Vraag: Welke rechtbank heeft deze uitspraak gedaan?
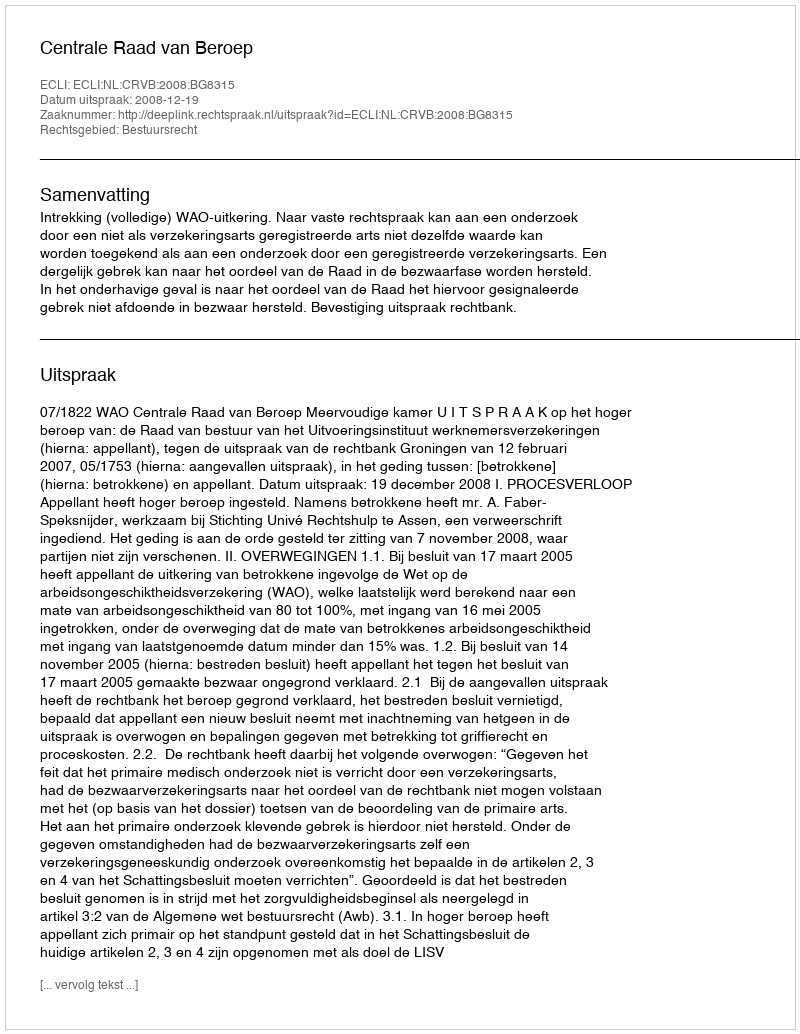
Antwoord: Centrale Raad van Beroep